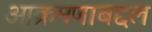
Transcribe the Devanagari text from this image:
आक्रमणाबद्दल